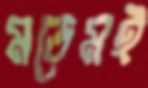
মডেমই